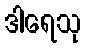
ဒါရေသု